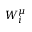
W _ { i } ^ { \mu }